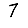
Digit: 7